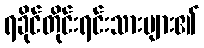
ရခိုင်တိုင်းရင်းသားများ၏